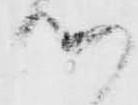
つ